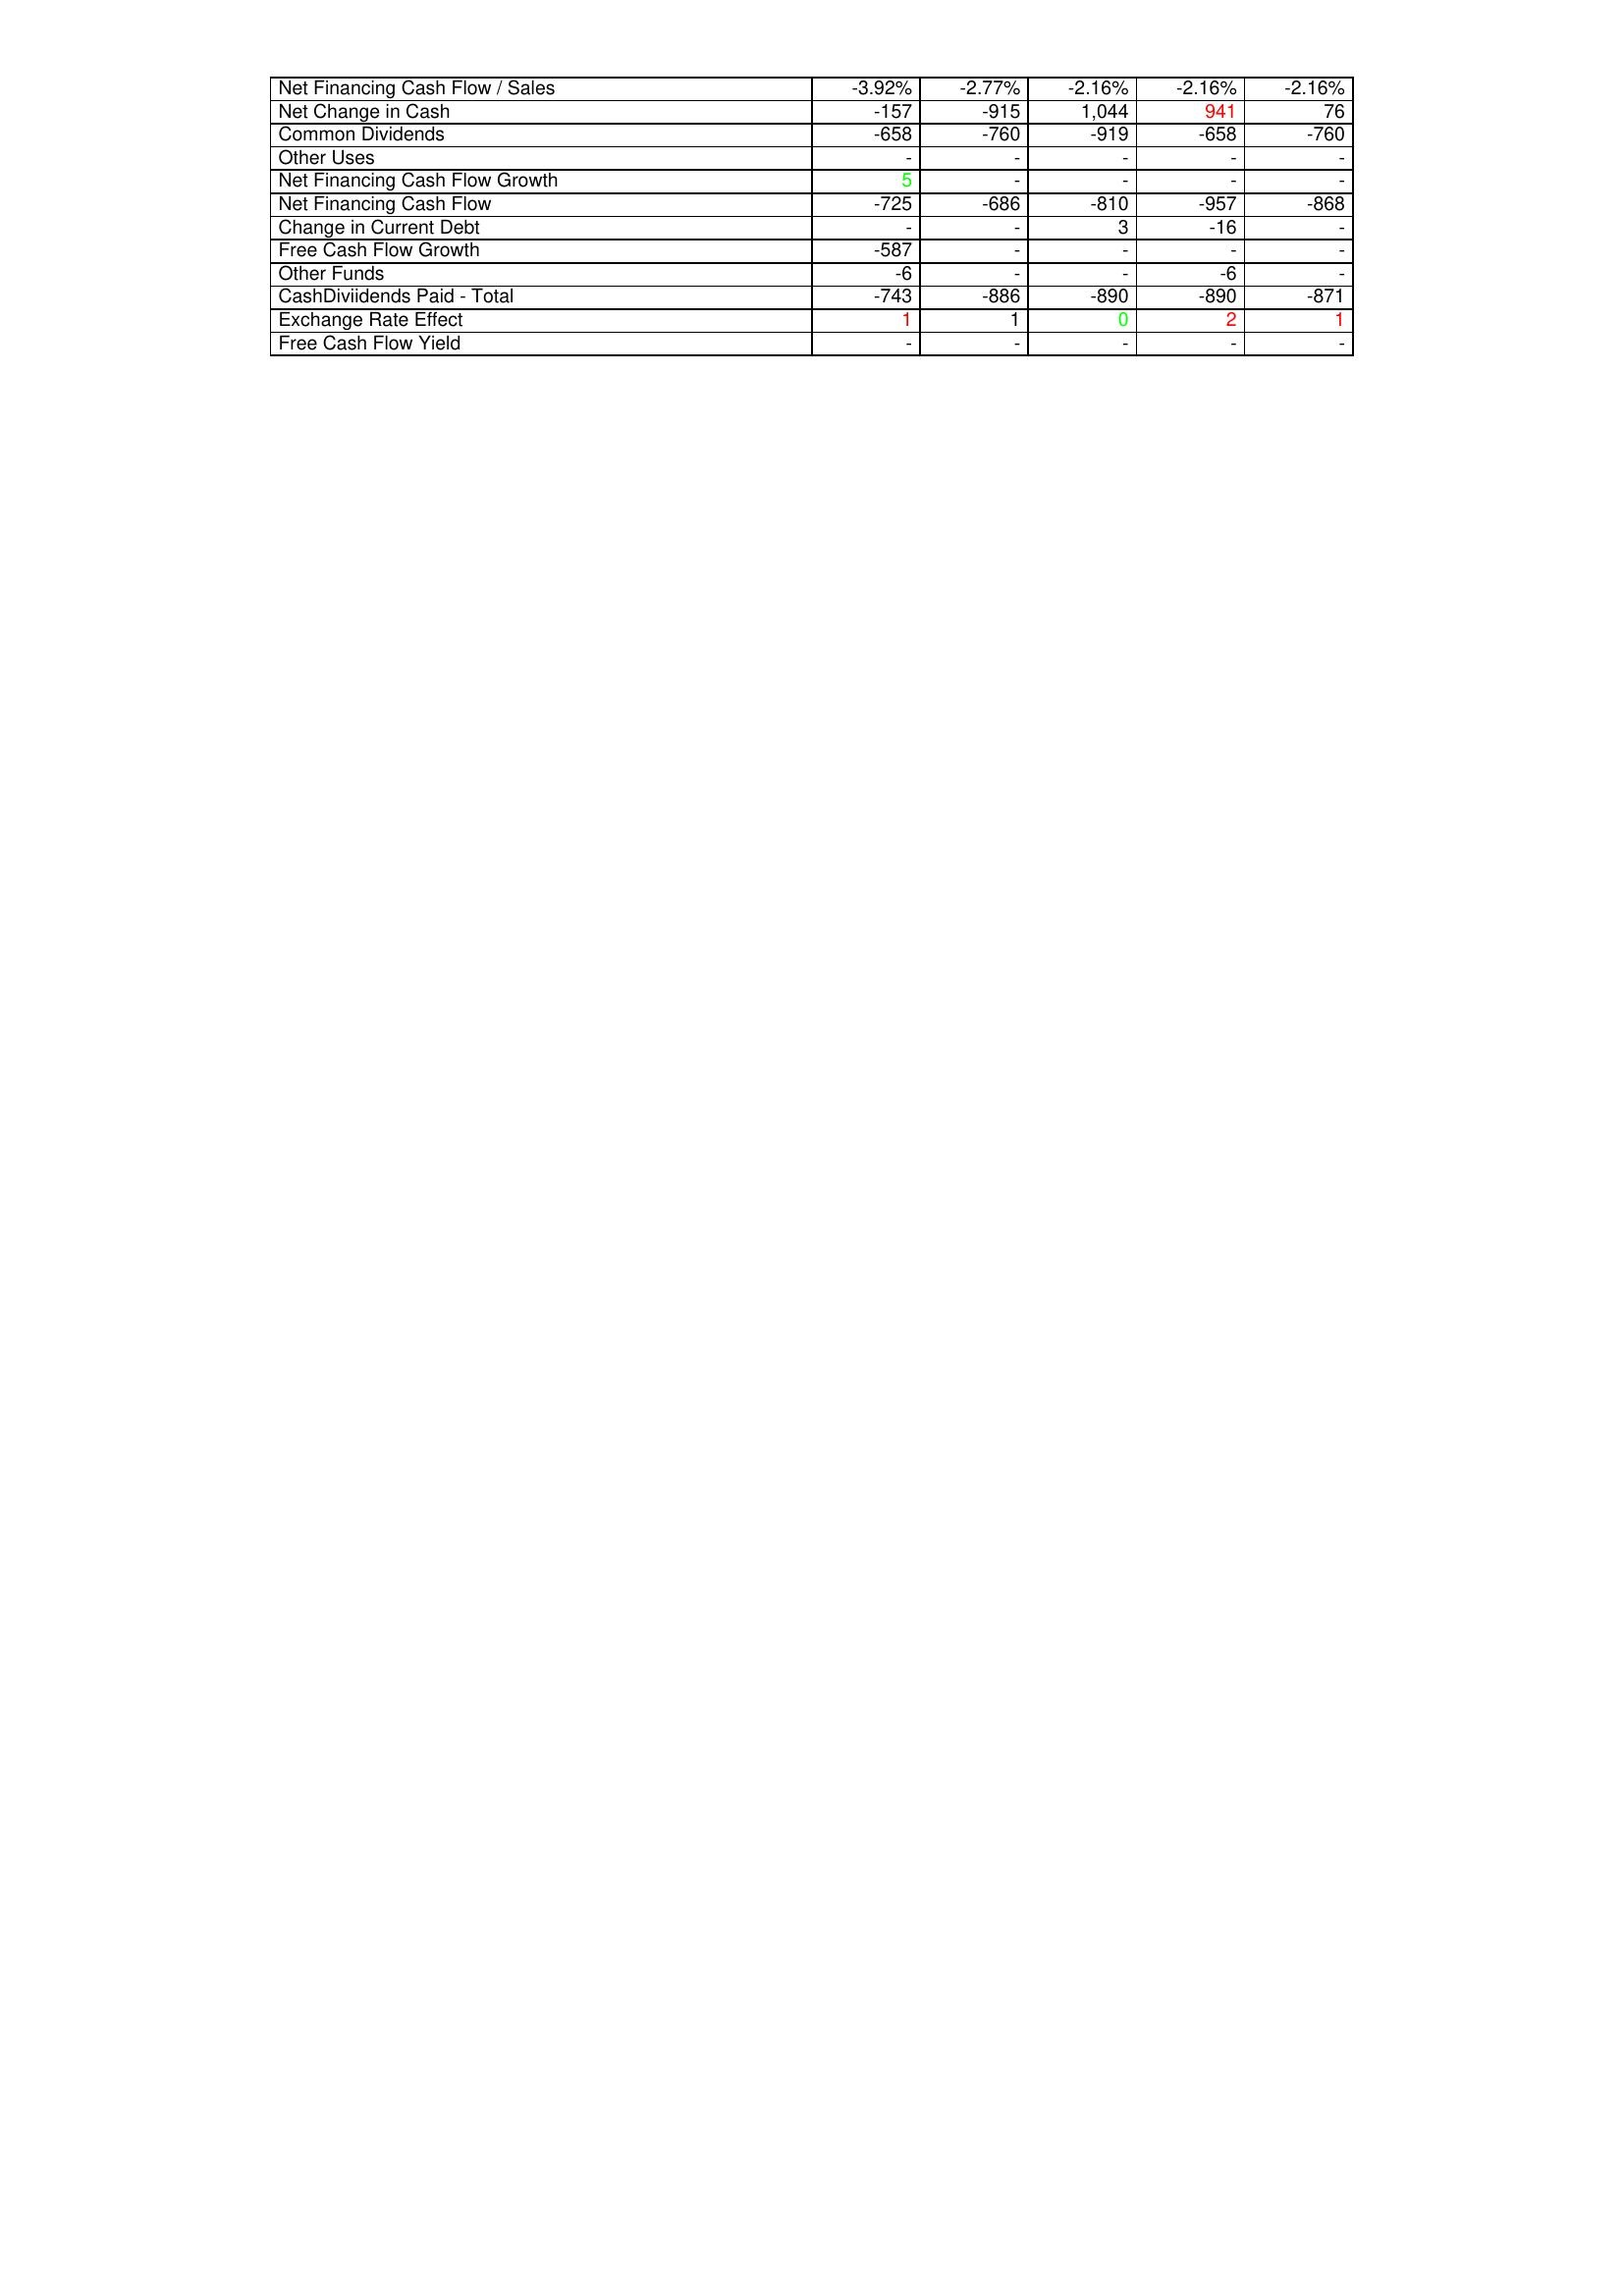
gt_parse: 2011: Financing Activities: Net Financing Cash Flow / Sales: -3.92%
Net Change in Cash: -157
Common Dividends: -658
Other Uses: -
Net Financing Cash Flow Growth: 5
Net Financing Cash Flow: -725
Change in Current Debt: -
Free Cash Flow Growth: -587
Other Funds: -6
CashDiviidends Paid - Total: -743
Exchange Rate Effect: 1
Free Cash Flow Yield: -
2010: Financing Activities: Net Financing Cash Flow / Sales: -2.77%
Net Change in Cash: -915
Common Dividends: -760
Other Uses: -
Net Financing Cash Flow Growth: -
Net Financing Cash Flow: -686
Change in Current Debt: -
Free Cash Flow Growth: -
Other Funds: -
CashDiviidends Paid - Total: -886
Exchange Rate Effect: 1
Free Cash Flow Yield: -
2009: Financing Activities: Net Financing Cash Flow / Sales: -2.16%
Net Change in Cash: 1,044
Common Dividends: -919
Other Uses: -
Net Financing Cash Flow Growth: -
Net Financing Cash Flow: -810
Change in Current Debt: 3
Free Cash Flow Growth: -
Other Funds: -
CashDiviidends Paid - Total: -890
Exchange Rate Effect: 0
Free Cash Flow Yield: -
2008: Financing Activities: Net Financing Cash Flow / Sales: -2.16%
Net Change in Cash: 941
Common Dividends: -658
Other Uses: -
Net Financing Cash Flow Growth: -
Net Financing Cash Flow: -957
Change in Current Debt: -16
Free Cash Flow Growth: -
Other Funds: -6
CashDiviidends Paid - Total: -890
Exchange Rate Effect: 2
Free Cash Flow Yield: -
2007: Financing Activities: Net Financing Cash Flow / Sales: -2.16%
Net Change in Cash: 76
Common Dividends: -760
Other Uses: -
Net Financing Cash Flow Growth: -
Net Financing Cash Flow: -868
Change in Current Debt: -
Free Cash Flow Growth: -
Other Funds: -
CashDiviidends Paid - Total: -871
Exchange Rate Effect: 1
Free Cash Flow Yield: -